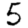
Digit: 5